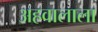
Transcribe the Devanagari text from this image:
अहवालाला